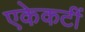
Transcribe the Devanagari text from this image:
एकेकटीं